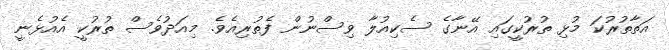
އަތާތުރުކަ މުޅި ތުރުކީގައި އޭނާގެ ސެކިއުލާ ވިސްނުން ފެތުރިއެވެ. މިއަދުވެސް ތުރުކީ އެއުޅެނީ